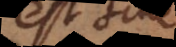
est sine